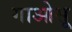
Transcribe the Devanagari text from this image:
गाओसू